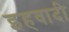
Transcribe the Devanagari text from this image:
इहवादी